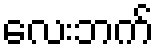
လေးဘက်